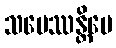
သမေဿန္တိပေ